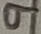
Text: 9